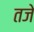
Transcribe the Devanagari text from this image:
तजे